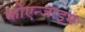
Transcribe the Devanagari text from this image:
कोएन्जाइम